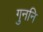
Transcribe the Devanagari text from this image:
गुननि